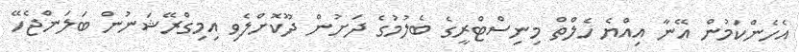
އެހެންކަމުން އޭނާ އިއްޔެ ހެލްތް މިނިސްޓްރީގެ ބެލުމުގެ ދަށުން ދޫކޮށްލެވި އިމިގްރޭޝަނުން ބަލަންޖެހޭ